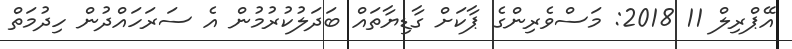
އޭޕްރިލް 11 2018: މަސްވެރިންގެ ޕާކަށް ގާޑިޔާތައް ބަދަލުކުރުމުން އެ ސަރަހައްދުން ހިދުމަތް